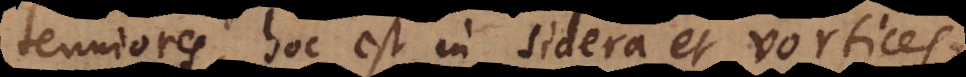
tenuiores, hoc est in sidera et vortices